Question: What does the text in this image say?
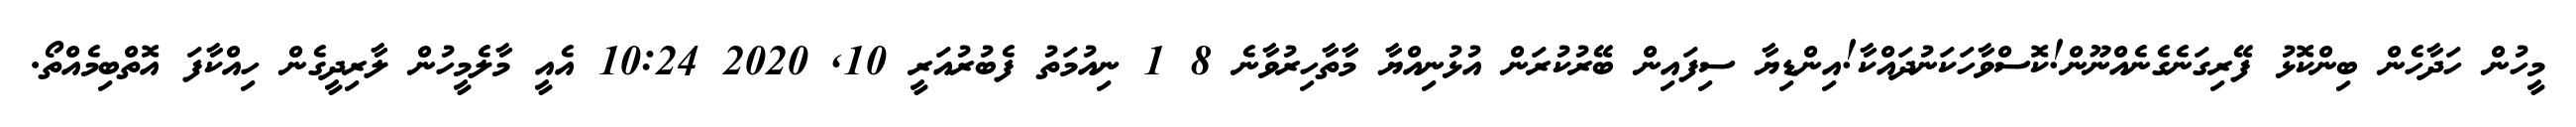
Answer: މީހުން ހަދާހެން ބިންކޮޅު ފޭރިގަނެގެނެއްނޫން!ކޮސްވާހަކަނުދައްކާ!އިންޑިޔާ ސިފައިން ބޭރުކުރަން އުޅުނިއްޔާ މާތާހިރުވާނެ 8 1 ނިއުމަތު ފެބުރުއަރީ 10, 2020 10:24 އެއީ މާލެމީހުން ލާރިދީގެން ހިއްކާފަ އޮތްބިމެއްތޯ.